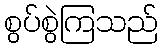
စွပ်စွဲကြသည်